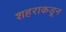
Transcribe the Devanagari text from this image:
शहराकडून